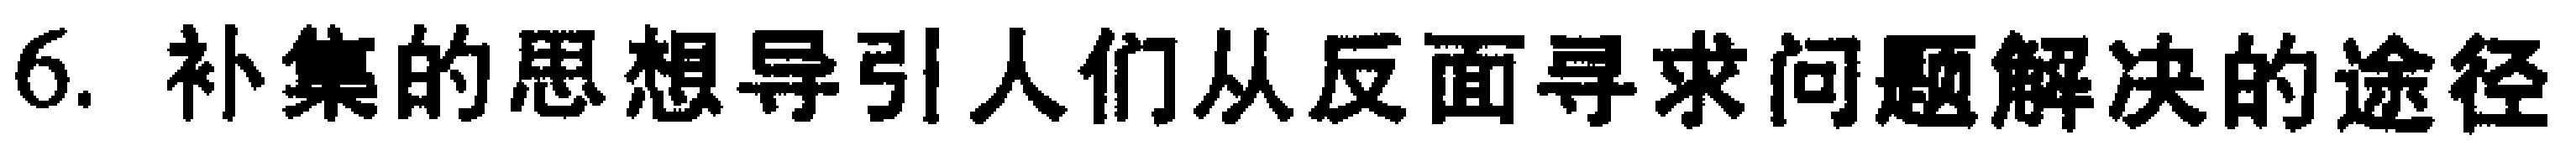
6. 补集的思想导引人们从反面寻求问题解决的途径